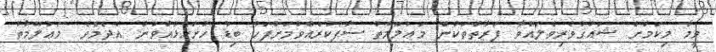
ވީމާ މިކަމަށް ޝައުޤުވެރިވެލައްވާ ފަރާތްތަކުން މަޢުލޫމާތު ސާފުކުރެއްވުމަށްފަހު ބިޑު ހުށަހެޅުއްވުން އެދެމެވެ. މަޢުލޫމާތު